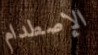
الإصطدام